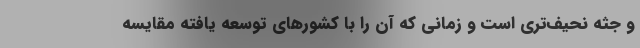
و جثه نحیف‌تری است و زمانی که آن را با کشورهای توسعه یافته مقایسه